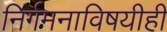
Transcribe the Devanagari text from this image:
निर्गमनाविषयीही